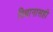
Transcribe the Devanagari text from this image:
विधानासही